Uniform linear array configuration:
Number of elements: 64
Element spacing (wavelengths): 1
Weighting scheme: exponential
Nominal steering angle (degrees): -60
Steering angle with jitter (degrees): -61.325
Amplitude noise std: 0.05
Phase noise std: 0.05

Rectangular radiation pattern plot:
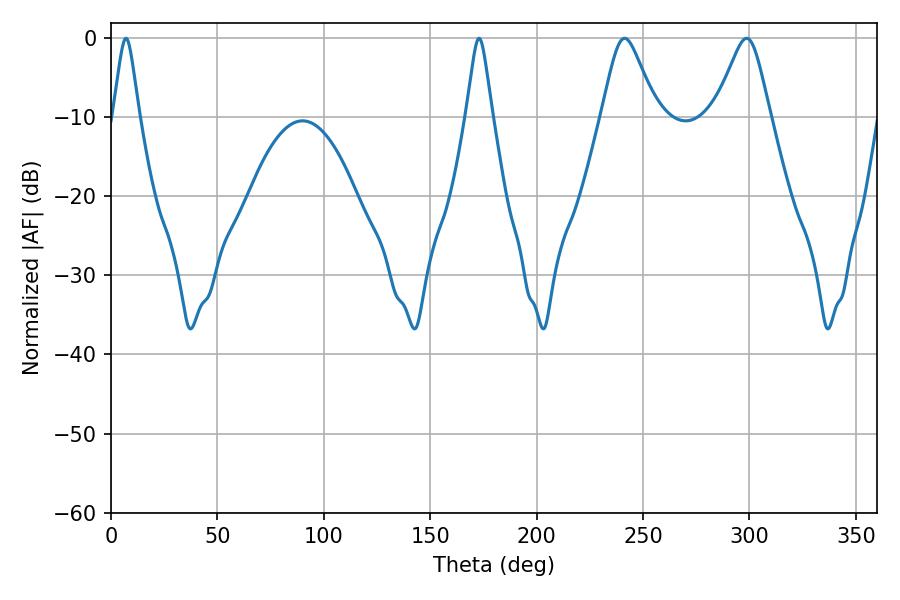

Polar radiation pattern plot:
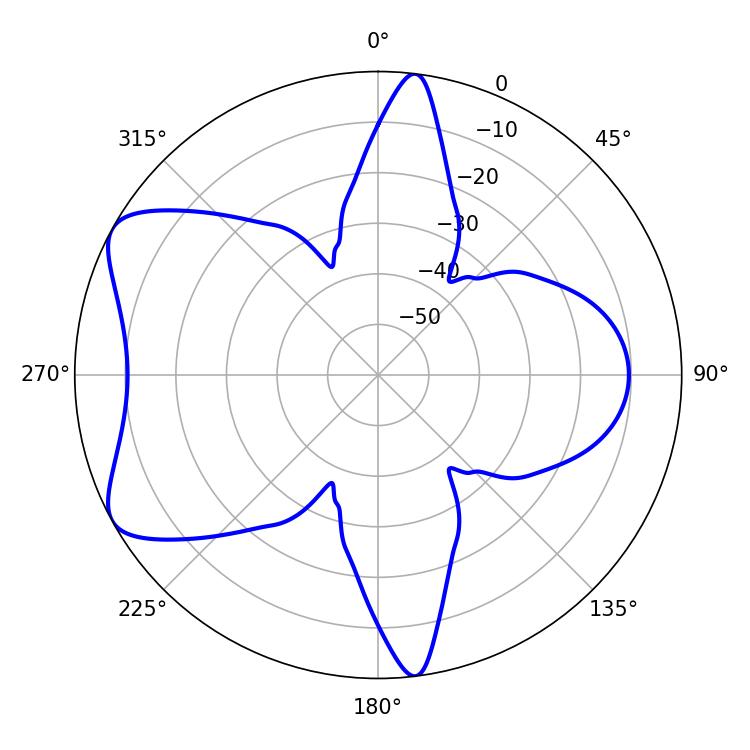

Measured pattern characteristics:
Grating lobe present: TRUE
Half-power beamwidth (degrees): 5.76
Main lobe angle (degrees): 7.02